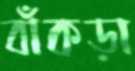
বাঁকড়া